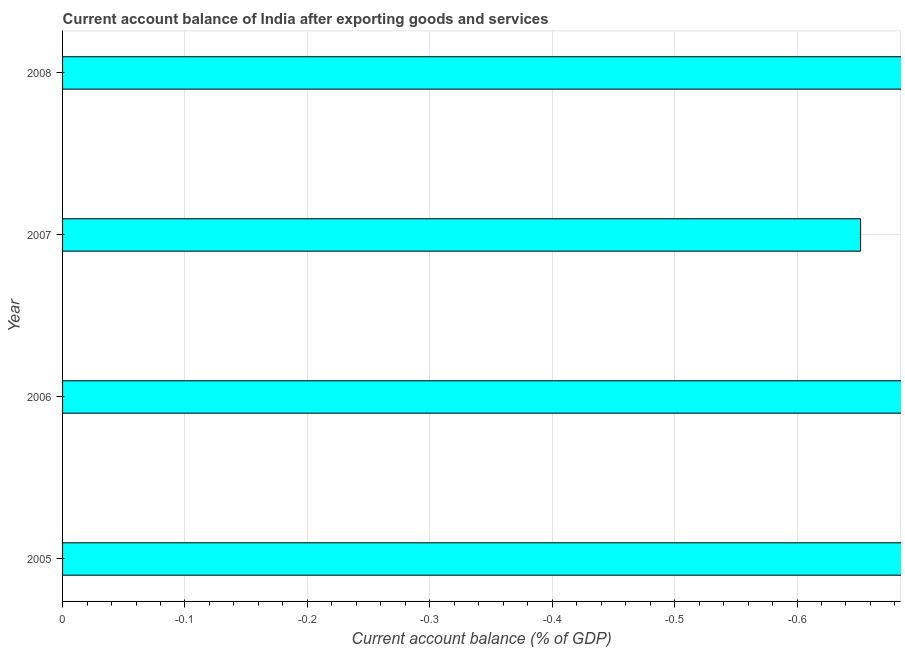
| Year | Current account balance |
 | --- | --- |
 | 2005 | -1.23 |
 | 2006 | -0.98 |
 | 2007 | -0.652 |
 | 2008 | -2.53 |